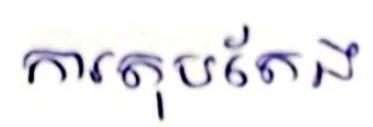
ការតុបតែង